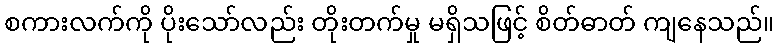
စကားလက်ကို ပိုးသော်လည်း တိုးတက်မှု မရှိသဖြင့် စိတ်ဓာတ် ကျနေသည်။